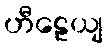
ဟီဠေယျ